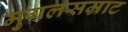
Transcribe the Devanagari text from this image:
मुगलसम्राट